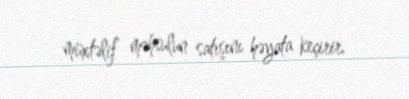
müxtəlif məhsulun satışını həyata keçirir.